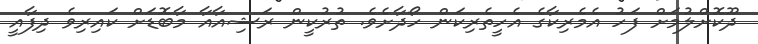
ދޫކޮށްލުމަށް ފަހު އެމެރިކާގެ އެހީތެރިކަން ހޯދާށެވެ. ތުރުކީން ރަޝިއާއާ މާބޮޑަށް ކައިރިވެ ދިފާއީ